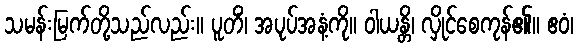
သမန်းမြက်တို့သည်လည်း။ ပူတိံ၊ အပုပ်အနံ့ကို။ ဝါယန္တိ၊ လှိုင်စေကုန်၏။ ဧဝံ၊